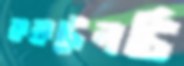
ককটেলটি